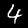
Digit: 4